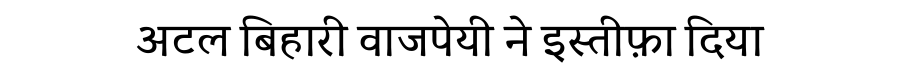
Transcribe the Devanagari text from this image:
अटल बिहारी वाजपेयी ने इस्तीफ़ा दिया